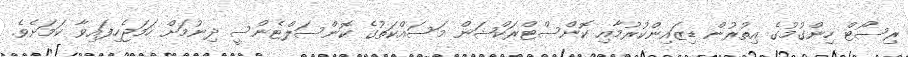
ރިސޯޓް ހިންގުމުގެ އިތުރުން ޑިޒައިންކުރުމާއި ކޮންސްޓްރަކްޝަން މަސައްކަތުގެ ކޮންސަލްޓެންސީ ދިނުމަށް ހަމަޖެހިފައިވާ ކަމަށެވެ.